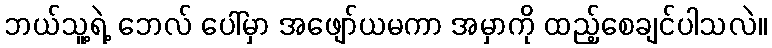
ဘယ်သူ့ရဲ့ ဘေလ် ပေါ်မှာ အဖျော်ယမကာ အမှာကို ထည့်စေချင်ပါသလဲ။